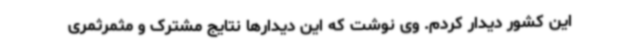
این کشور دیدار کردم. وی نوشت که این دیدارها نتایج مشترک و مثمرثمری